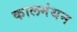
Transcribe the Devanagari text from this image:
कालमंथन